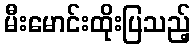
မီးမောင်းထိုးပြသည့်